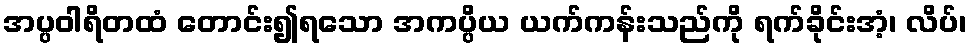
အပ္ပဝါရိတထံ တောင်း၍ရသော အကပ္ပိယ ယက်ကန်းသည်ကို ရက်ခိုင်းအံ့၊ လိပ်၊